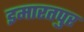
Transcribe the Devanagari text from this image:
इमारतपुर